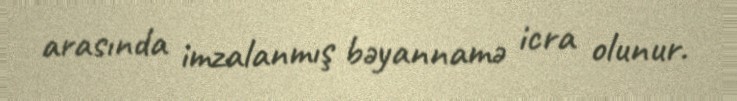
arasında imzalanmış bəyannamə icra olunur.